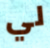
لي